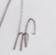
Signature authenticity: genuine